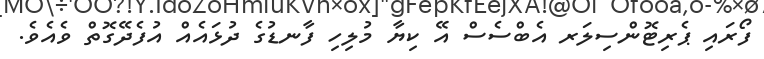
ފޯރައި ޕެރިޓޮންސިލަރ އެބްސެސް އޭ ކިޔާ މުލިހި ފާނޑުގެ ދުޅައެއް އުފެދޭގޮތް ވެއެވެ.